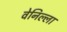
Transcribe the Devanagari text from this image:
वेनिल्ला